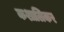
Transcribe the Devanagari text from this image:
कशालिकर